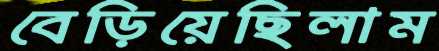
বেড়িয়েছিলাম